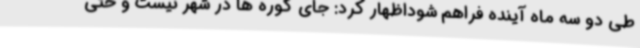
طی دو سه ماه آینده فراهم شوداظهار کرد: جای کوره ها در شهر نیست و حتی